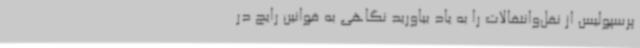
پرسپولیس از نقل‌وانتقالات را به یاد بیاورید نگاهی به قوانین رایج در